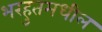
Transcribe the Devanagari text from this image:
भरहुतमधील